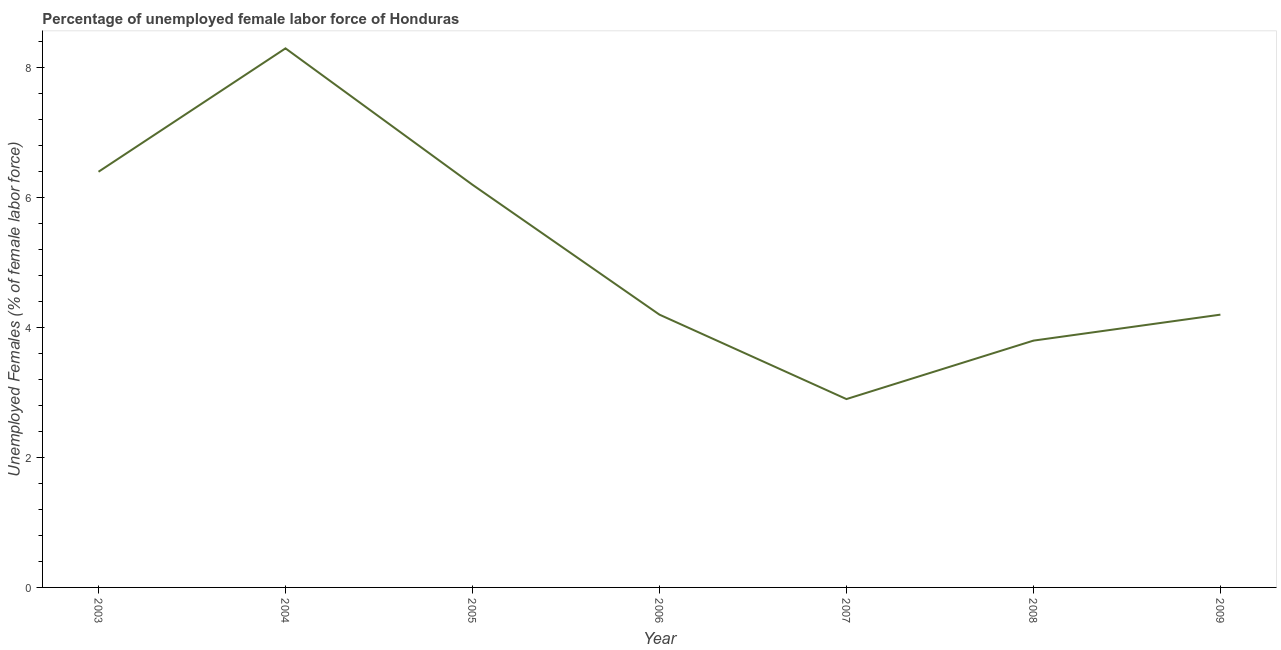
| Year | Unemployment female |
 | --- | --- |
 | 2003 | 6.4 |
 | 2004 | 8.3 |
 | 2005 | 6.2 |
 | 2006 | 4.2 |
 | 2007 | 2.9 |
 | 2008 | 3.8 |
 | 2009 | 4.2 |